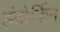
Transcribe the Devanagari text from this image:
इंडोर्फिन